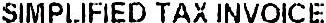
SIMPLIFIED TAX INVOICE